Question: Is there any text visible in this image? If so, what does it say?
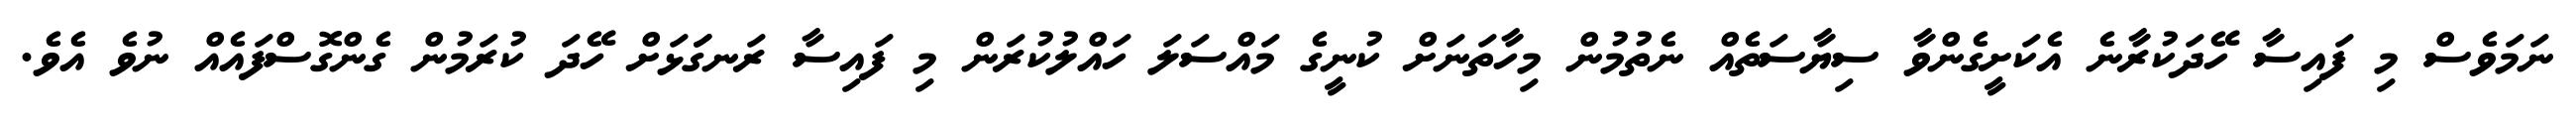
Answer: ނަމަވެސް މި ފައިސާ ހޭދަކުރާނެ އެކަށީގެންވާ ސިޔާސަތެއް ނެތުމުން މިހާތަނަށް ކުނީގެ މައްސަލަ ހައްލުކުރަން މި ފައިސާ ރަނގަަޅަށް ހޭދަ ކުރަމުން ގެންގޮސްފައެއް ނުވެ އެވެ.